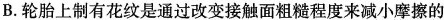
B.轮胎上制有花纹是通过改变接触面粗糙程度来减小摩擦的